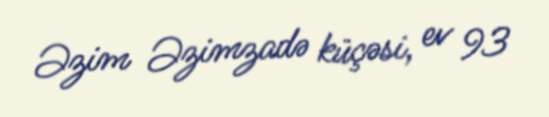
Əzim Əzimzadə küçəsi, ev 93